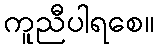
ကူညီပါရစေ။